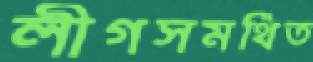
লীগসমর্থিত